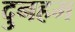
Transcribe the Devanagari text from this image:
दुनहम